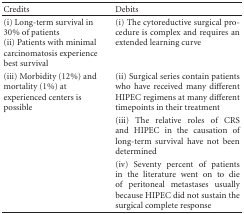
<table><thead><tr><td><b>Credits</b></td><td><b>Debits</b></td></tr></thead><tbody><tr><td>(i) Long-term survival in 30% of patients(ii) Patients with minimal carcinomatosis experience best survival</td><td>(i) The cytoreductive surgical procedure is complex and requires an extended learning curve</td></tr><tr><td>(iii) Morbidity (12%) and mortality (1%) at experienced centers is possible</td><td>(ii) Surgical series contain patients who have received many different HIPEC regimens at many different timepoints in their treatment</td></tr><tr><td></td><td>(iii) The relative roles of CRS and HIPEC in the causation of long-term survival have not been determined</td></tr><tr><td></td><td>(iv) Seventy percent of patients in the literature went on to die of peritoneal metastases usually because HIPEC did not sustain the surgical complete response</td></tr></tbody></table>